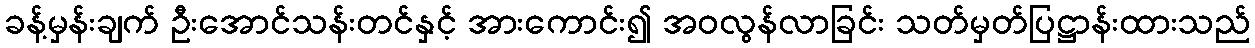
ခန့်မှန်းချက် ဦးအောင်သန်းတင်နှင့် အားကောင်း၍ အဝလွန်လာခြင်း သတ်မှတ်ပြဋ္ဌာန်းထားသည်